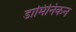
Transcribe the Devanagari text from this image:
डामिनिकन